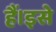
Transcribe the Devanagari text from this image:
हैं।इसे